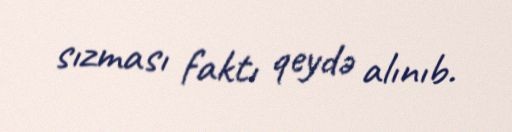
sızması faktı qeydə alınıb.